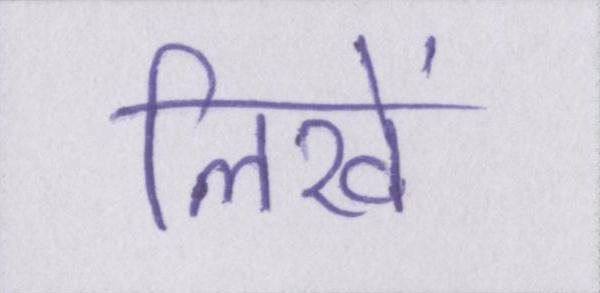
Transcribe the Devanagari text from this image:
लिखें